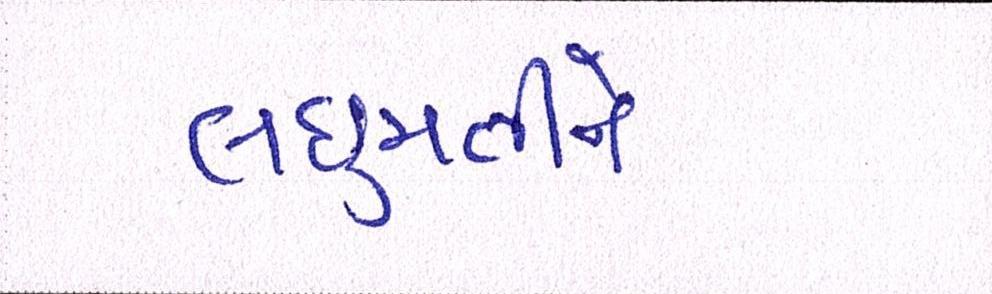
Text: લઘુમતીને